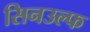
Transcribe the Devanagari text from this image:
सिनउल्फ